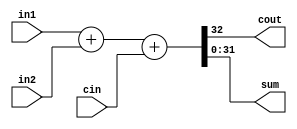
module bit32adder (cout, sum, in1, in2, cin);
	input [31:0] in1,in2;
	input cin;
	output cout;
	output [31:0]sum;
	
	// wire [0:4] x;
	
	assign {cout, sum} = in1 + in2 + cin;
	
	// genvar j;
	// integer i = 0;
	
	// //this is the variable that is be used in the generate
	// //block
	//  generate for (j=0; j<32;j=j+8) begin: mux_loop
	// 	//mux_loop is the name of the loop
		
	// 	eightbitadder mi(x[j/8+1], sum[j +: 8],in1[j +: 8],in2[j +: 8], x[j/8]);

	// 	//mux2to1 is instantiated every time it is called
	// end
	// endgenerate
	// assign cout = x[4];
	// module fulladder_32bit( output[31:0] sum, output cout, input [31:0] num1, input [31:0] num2, input cin );

endmodule